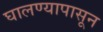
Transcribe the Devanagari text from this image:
घालण्यापासून